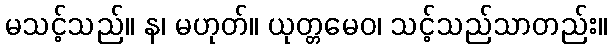
မသင့်သည်။ န၊ မဟုတ်။ ယုတ္တမေဝ၊ သင့်သည်သာတည်း။